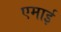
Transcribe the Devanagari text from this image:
एमाई